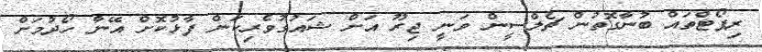
ރިޕޯޓްތައް ބުނާގޮތުން ޗެލްސީން ވަނީ ޖިރޫ އަށް ޝައުގުވެރިކަން ފާޅުކޮށް އޭނާ ހޯދުމަށް